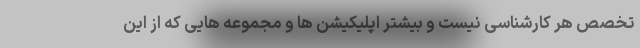
تخصص هر کارشناسی نیست و بیشتر اپلیکیشن ها و مجموعه هایی که از این